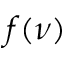
f ( \nu )